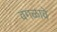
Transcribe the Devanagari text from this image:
वगळावे